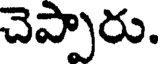
చెప్పారు.